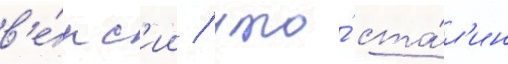
в'е́рс'ии / что́ ста́л'ин